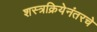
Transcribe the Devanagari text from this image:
शस्त्रक्रियेनंतरचे